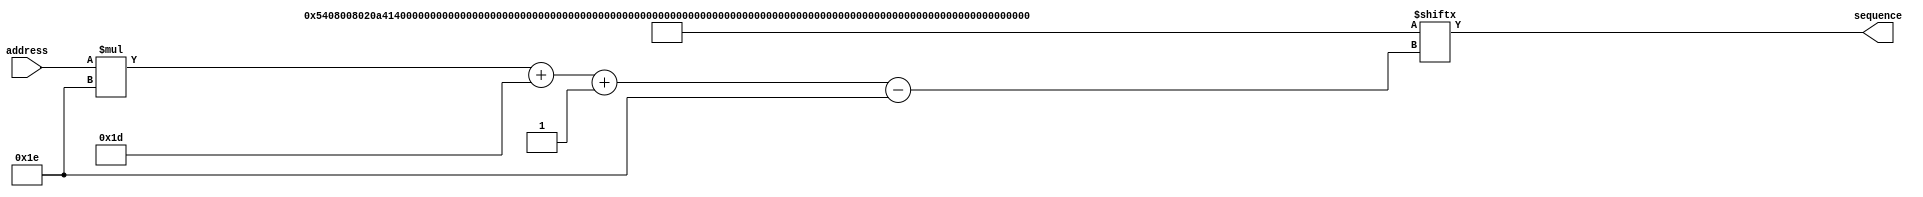
/*
   This file was generated automatically by the Mojo IDE version B1.2.6.
   Do not edit this file directly. Instead edit the original Lucid source.
   This is a temporary file and any changes made to it will be destroyed.
*/

module gametwosequencerom_61 (
    input [3:0] address,
    output reg [29:0] sequence
  );
  
  
  
  localparam SEQUENCEDATA = 480'h05408008020a41404824024090881401029048111282414025028122a444290510282905002128200542402412054221200205428008090501002805;
  
  always @* begin
    sequence = SEQUENCEDATA[(address)*30+29-:30];
  end
endmodule